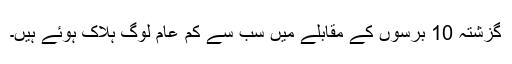
گزشتہ 10 برسوں کے مقابلے میں سب سے کم عام لوگ ہلاک ہوئے ہیں۔